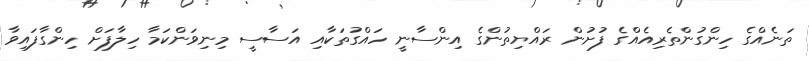
ތަނެއްގެ ހިންގުންތެރިއެއްގެ ފުށުން ރައްޔިތުންގެ އިންސާނީ ހައްގުތަކާއި އަސާސީ މިނިވަންކަމާ ހިލާފަށް ހިންގާފައިވާ